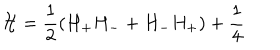
{ \cal H } = \frac { 1 } { 2 } ( H _ { + } H _ { - } + H _ { - } H _ { + } ) + \frac { 1 } { 4 }